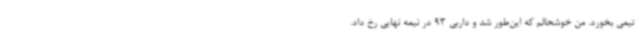
تیمی بخورد. من خوشحالم که این‌طور شد و داربی 93 در نیمه نهایی رخ داد.